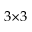
3 { \times } 3